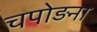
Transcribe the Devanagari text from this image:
चपोड़ना